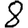
Digit: 8